Annual returns of the Patna Lunatic Asylum at Bankipore in Bihar and Orissa - 1912-1924
Year: 1912
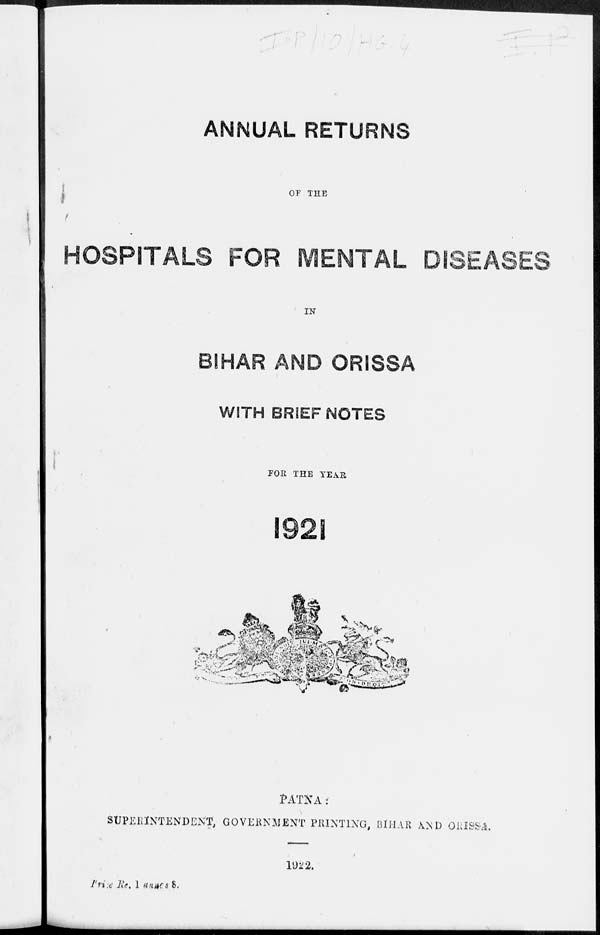
ANNUAL RETURNS
OF THE
HOSPITALS FOR MENTAL DISEASES
IN
BIHAR AND ORISSA
WITH BRIEF NOTES
FOR THE YEAR
1921
PATNA:
SUPERINTENDENT, GOVERNMENT PRINTING, BIHAR AND ORISSA.
1922.
Price Re. 1 annas 8.